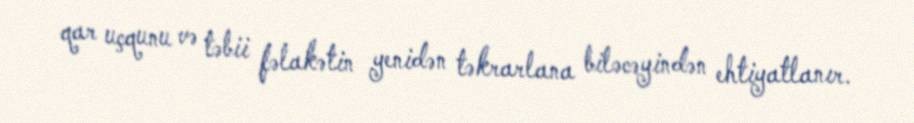
qar uçqunu və təbii fəlakətin yenidən təkrarlana biləcəyindən ehtiyatlanır.